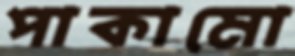
পাকামো